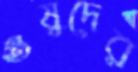
ওষুদের